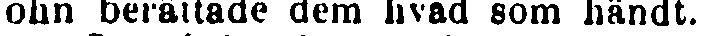
John berättade dem livad som händt.